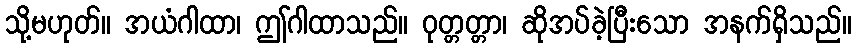
သို့မဟုတ်။ အယံဂါထာ၊ ဤဂါထာသည်။ ဝုတ္တတ္တာ၊ ဆိုအပ်ခဲ့ပြီးသော အနက်ရှိသည်။